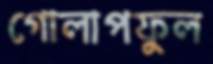
গোলাপফুল